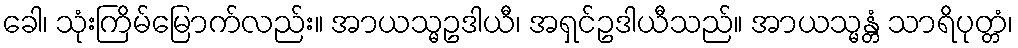
ခေါ၊ သုံးကြိမ်မြောက်လည်း။ အာယသ္မဥဒါယီ၊ အရှင်ဥဒါယီသည်။ အာယသ္မန္တံ သာရိပုတ္တံ၊